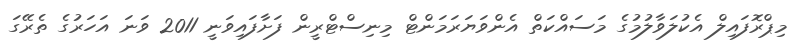
މިޕްރޮފައިލް އެކުލަވާލުމުގެ މަސައްކަތް އެންވަޔަރަމަންޓް މިނިސްޓްރީން ފަށާފައިވަނީ 2011 ވަނަ އަހަރުގެ ތެރޭގަ